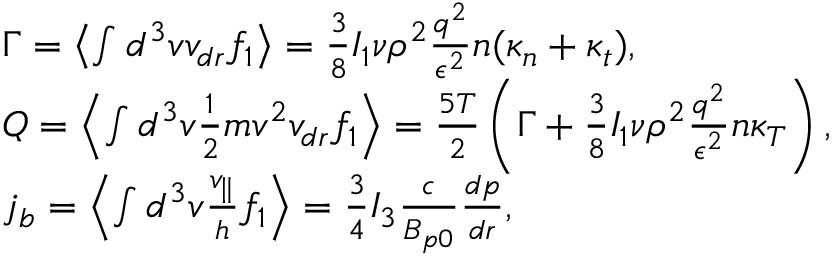
\begin{array} { r l } & { \Gamma = \left\langle \int d ^ { 3 } v v _ { d r } f _ { 1 } \right\rangle = \frac { 3 } { 8 } I _ { 1 } \nu \rho ^ { 2 } \frac { q ^ { 2 } } { \epsilon ^ { 2 } } n ( \kappa _ { n } + \kappa _ { t } ) , } \\ & { Q = \left\langle \int d ^ { 3 } v \frac { 1 } { 2 } m v ^ { 2 } v _ { d r } f _ { 1 } \right\rangle = \frac { 5 T } { 2 } \left( \Gamma + \frac { 3 } { 8 } I _ { 1 } \nu \rho ^ { 2 } \frac { q ^ { 2 } } { \epsilon ^ { 2 } } n \kappa _ { T } \right) , } \\ & { j _ { b } = \left\langle \int d ^ { 3 } v \frac { v _ { \parallel } } { h } f _ { 1 } \right\rangle = \frac { 3 } { 4 } I _ { 3 } \frac { c } { B _ { p 0 } } \frac { d p } { d r } , } \end{array}